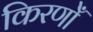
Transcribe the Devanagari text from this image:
किरणोँ